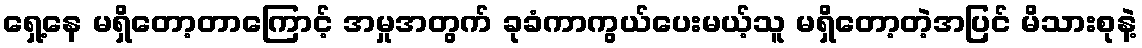
ရှေ့နေ မရှိတော့တာကြောင့် အမှုအတွက် ခုခံကာကွယ်ပေးမယ့်သူ မရှိတော့တဲ့အပြင် မိသားစုနဲ့